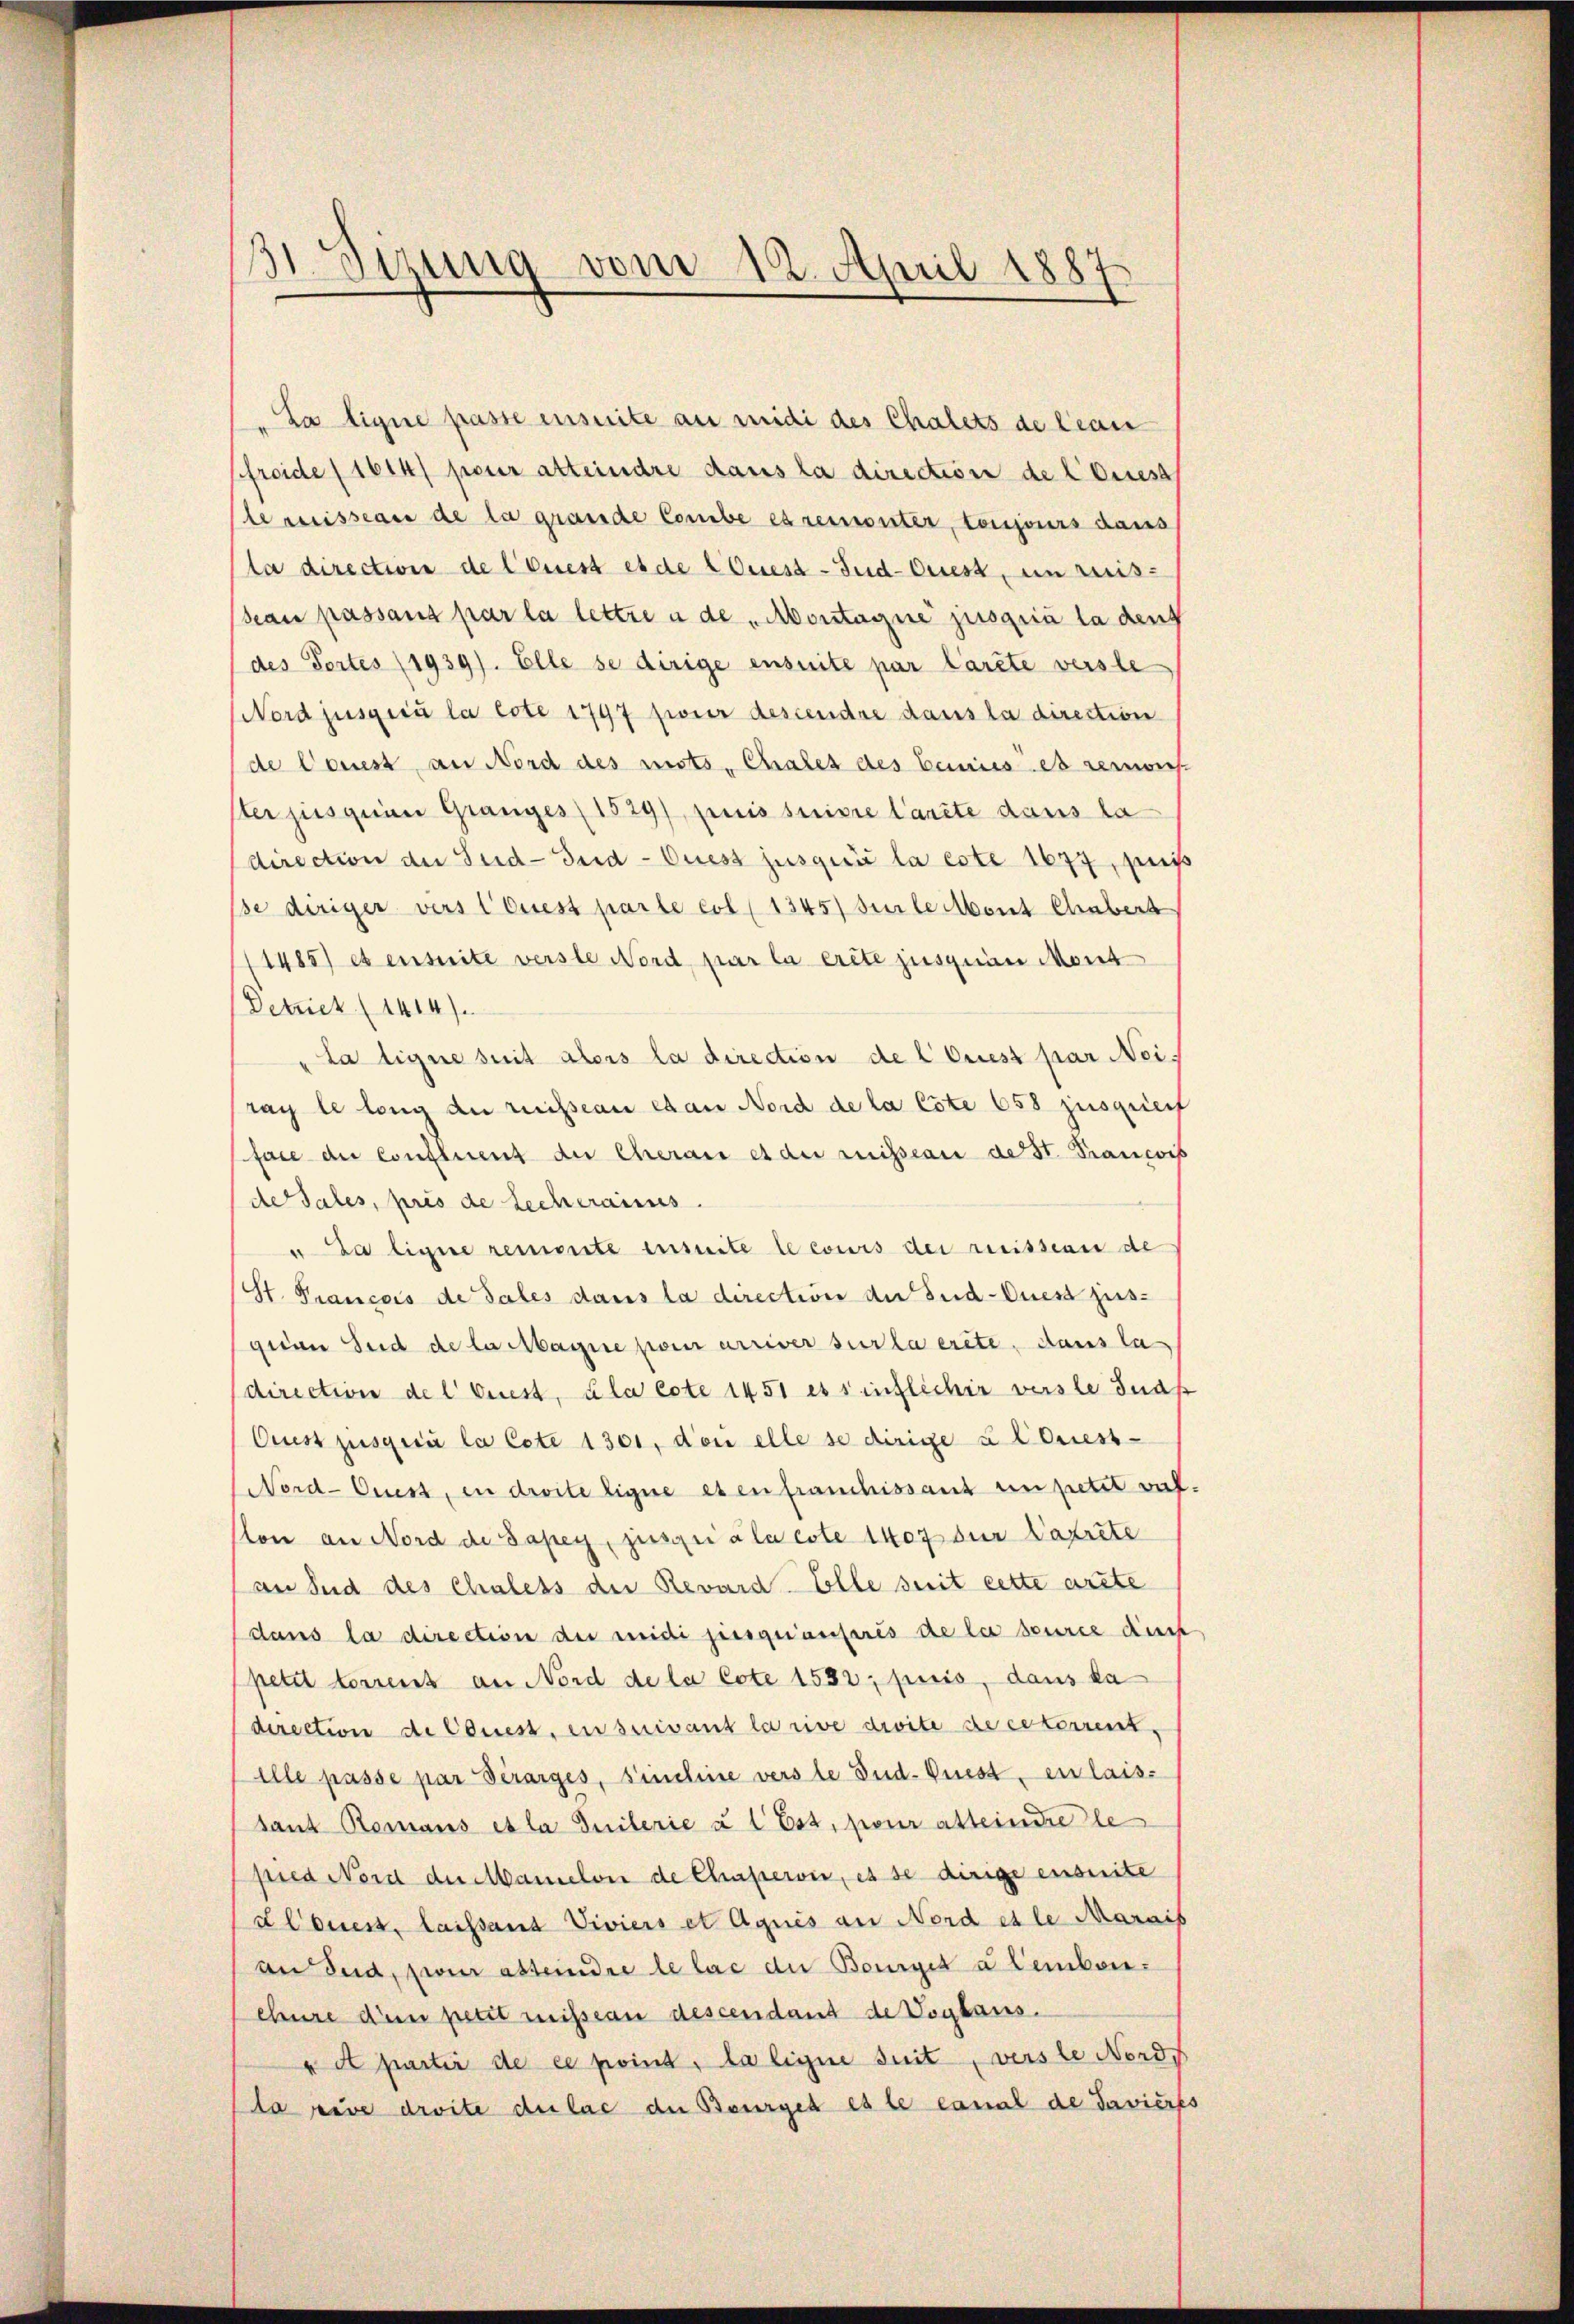
31. Sizung vom 12. April 1887

"La ligne passe ensuite an medi des Chalets de lan
froide (1614) pour atteindre dans la direction de liess
lemisseau de la grande Combe es remonter, toujours dans
la directione de liess es de liess-Jud-Cuess, in reis-
Seau passans par la lettre u de Montagne jusquia la deut
des Tortes (1939). Elle se dirige ensuite par larzte verste
Nord jusqu’à la cote 1797 finer descendre dans la direction
de Couest an Nord des mots Chales des benices es remons-
ster jusquam Granges 1529), puis suivre l’ancte dans la
direction der Sud-Terd-Ouest jusqui la este 1674, mei
pe diriger vers Quest parte col (1345) Seile Mont Chabert
1485) et ensuite verste Nord par la crite jusquan Mont
Detrict (1414/
La ligne seit alors la direction de l Quest par Neis
rac le long du ruisseau et an Nord de la Cöte 658 zusprierf
fare die Confluent der Cheraus et die ruisseau de st. Francois
de Tales, pris de recheraus.
u. Da ligne remonte einheite le cours der reissern de
St. Francois de Tales dans la direction der Sud-Quest jus-
gian Sud de la Magire pour arriver sur la crite, dans la-
direction de l Griest, la cote 1451 es sinflicher verste Jnaß
Crist jusqu’à la Cote 1301, den elle se dirige u Coness-
Nord-Cuess, in droite ligne es en franchissant en petit viel
Con an Nord de Sapey, jusquiala este 1407 der Carite
an und des chaless der Revard-Elle seit cette arete
dans la direction de meidi jusquanferis de la seurie dess
petit torrent an Nord de la Cote 1532; puis, dans ka
direction de Cauest, ensuivant la rive droite de ceterrent
elle passe par Verarges, sinchine verste Bud-Puesten laissant Romans et la Juilerie à 1 Ess, pour alleine le
pied Nord der Manielon de Chapervie, es se dirige enseite
Lloues, laissant Viviers et Aquis an Nord es le Marais
an Sud, per abseindre le lag der Bourger u Lembereheure dem petit mission descendant de Vogtaus.
x et partir de ce point, la ligne suit, verste Nords
la peuve droite de las die Bourges es le canal de Javieres